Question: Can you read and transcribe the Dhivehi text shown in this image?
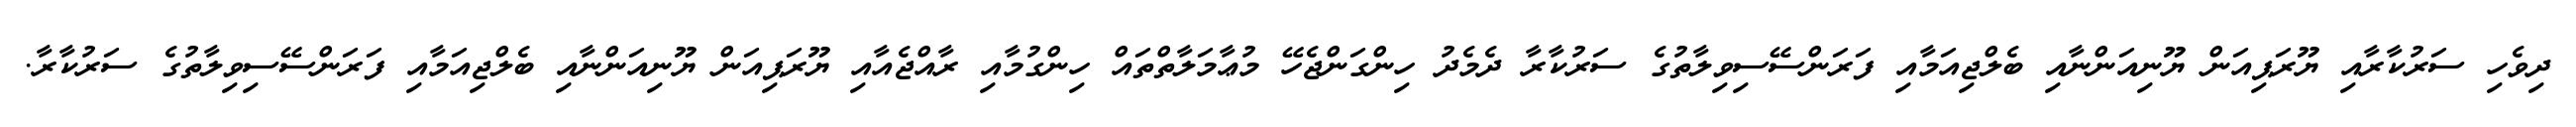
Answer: ދިވެހި ސަރުކާރާއި ޔޫރަޕިއަން ޔޫނިއަންނާއި ބެލްޖިއަމާއި ފަރަންސޭސިވިލާތުގެ ސަރުކާރާ ދެމެދު ހިންގަންޖެހޭ މުޢާމަލާތްތައް ހިންގުމާއި ރާއްޖެއާއި ޔޫރަޕިއަން ޔޫނިއަންނާއި ބެލްޖިއަމާއި ފަރަންސޭސިވިލާތުގެ ސަރުކާރާ.